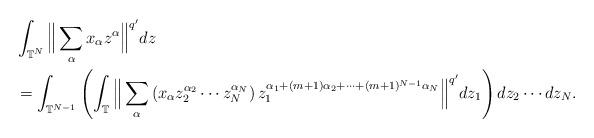
LaTeX: \begin{align*} &\int_{\mathbb{T}^{N}} \Big\Vert \sum_{ \alpha } x_{\alpha} z^{\alpha} \Big\Vert^{q'} dz \\& = \int_{\mathbb{T}^{N-1}} \left( \int_{\mathbb T} \Big\Vert \sum_{ \alpha } \left( x_{\alpha} z_2^{\alpha_2} \cdots z_N^{\alpha_N} \right) z_1^{\alpha_1+(m+1)\alpha_2 + \cdots + (m+1)^{N-1} \alpha_N} \Big\Vert^{q'} dz_1 \right) dz_2 \cdots dz_N.\end{align*}